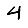
Digit: 4